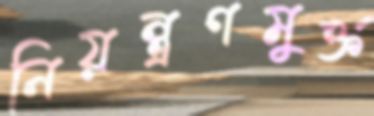
নিয়ন্ত্রণমুক্ত